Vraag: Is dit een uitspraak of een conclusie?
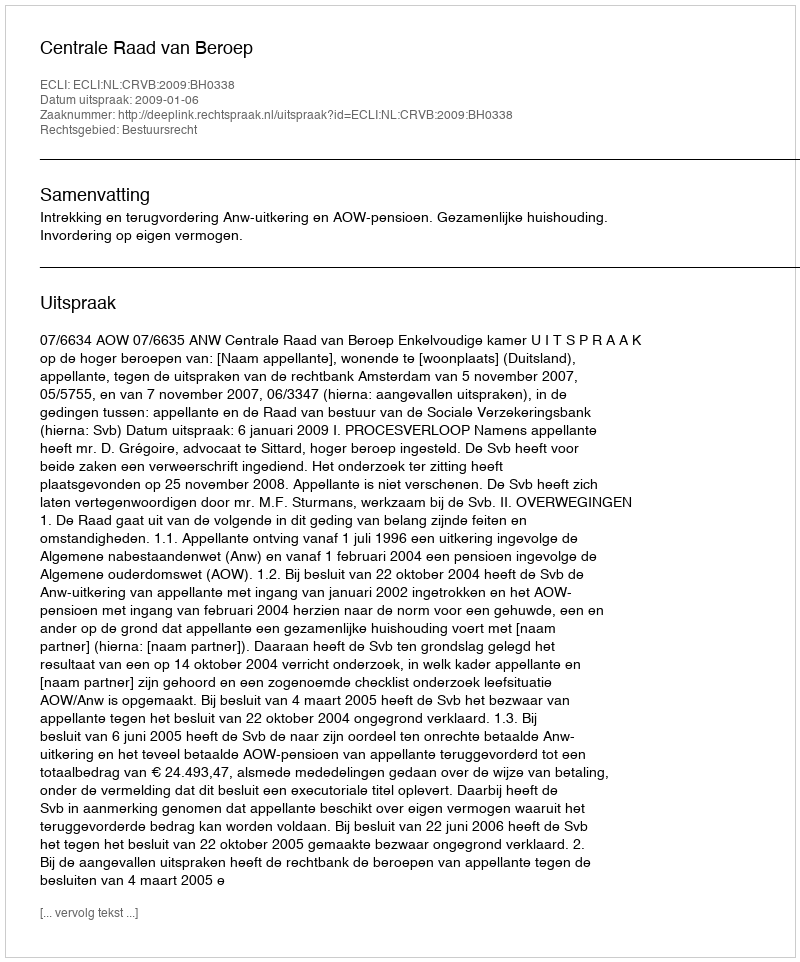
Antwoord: Uitspraak